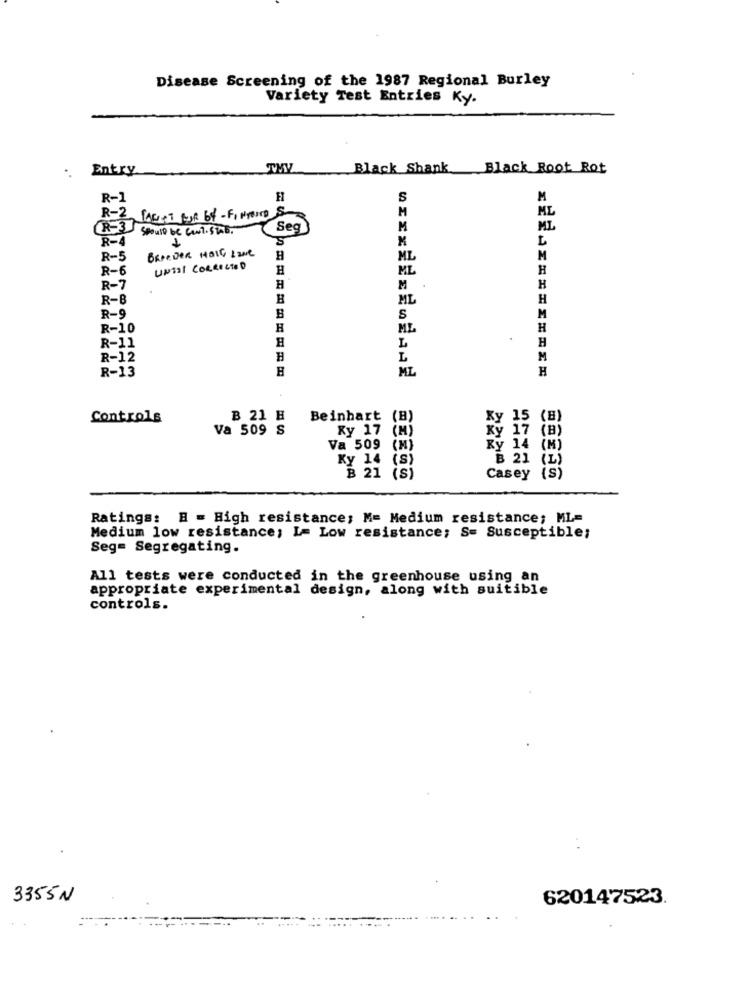
Disease Screening of the 1987 Regional Burley
Variety Test Entries Ky.
Entry
THY
Black Shank
Black Root Rot
R-1
S
M
ML
R-2
PARIST POUR 64 - FINFOUND
M
R-3
Should be Cont. Stab.
Seg
M
ML
R-4
R-5
BROEDER HOIG Lave
H
ML
M
R-6
UNTIL CORRECTED
H
ML
H
R-7
H
M
H
R-B
H
ML
R-9
B
M
R-10
H
ML
H
R-11
L
H
R-12
L
M
R-13
ML
H
Controls
B 21 H
Beinhart (B)
Ky 15 (B)
Va 509 S
Ky 17 (M)
Ky 17 (B)
Va 509 (M)
Ry 14 (M)
Ky 14 (s)
B 21 (L)
WHOHN
B 21 (s)
Casey (s)
Ratings: B = High resistance; M= Medium resistance; ML=
Medium low resistance; I= Low resistance; S= Susceptible;
Seg= Segregating.
All tests were conducted in the greenhouse using an
appropriate experimental design, along with suitible
controls.
3355N
620147523.